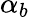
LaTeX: \alpha_{b}